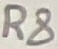
Text: R8